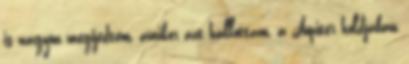
is nagyon megijedtem, amikor azt hallottam, a Jupiter holdjában